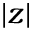
| z |